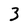
Character: 3